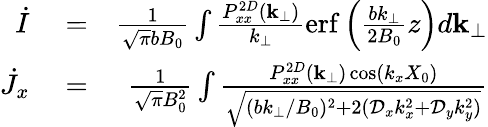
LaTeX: \begin{array}{rlr}{\dot{I}}&{{}=}&{\frac{1}{\sqrt{\pi}bB_{0}}\int\frac{P_{xx}^{2D}({\mathbf k}_{\perp})}{k_{\perp}}\mathrm{erf}\left(\frac{bk_{\perp}}{2B_{0}}z\right)d{\mathbf k}_{\perp}}\\ {\dot{J}_{x}}&{{}=}&{\frac{1}{\sqrt{\pi}B_{0}^{2}}\int\frac{P_{xx}^{2D}({\mathbf k}_{\perp})\cos(k_{x}X_{0})}{\sqrt{(bk_{\perp}/B_{0})^{2}+2(\mathcal{D}_{x}k_{x}^{2}+\mathcal{D}_{y}k_{y}^{2})}}}\end{array}